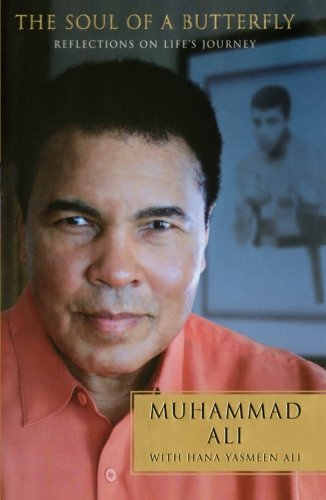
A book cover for The Soul of a Butterfly: Reflections on Life's Journey; Muhammad Ali; Biographies & Memoirs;